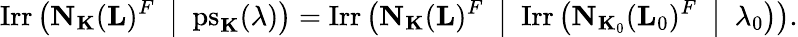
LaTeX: \mathrm{Irr}\left({\mathbf{N}}_{\mathbf{K}}({\mathbf{L}})^{F}\enspace\middle|\enspace\mathrm{ps}_{\mathbf{K}}(\lambda)\right)=\mathrm{Irr}\left({\mathbf{N}}_{{\mathbf{K}}}({\mathbf{L}})^{F}\enspace\middle|\enspace\mathrm{Irr}\left({\mathbf{N}}_{{\mathbf{K}}_{0}}({\mathbf{L}}_{0})^{F}\enspace\middle|\enspace\lambda_{0}\right)\right).